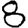
Digit: 8